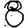
Digit: 8